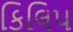
કિલિપ